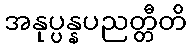
အနုပ္ပန္နပညတ္တီတိ